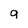
Character: 9